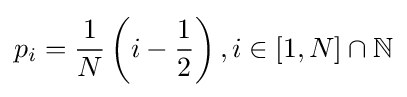
p_{i}={\frac {1}{N}}\left(i-{\frac {1}{2}}\right),i\in [1,N]\cap \mathbb {N}